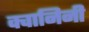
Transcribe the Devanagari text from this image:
क्वानिनी